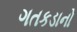
ગતકડાનો